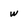
Character: w